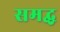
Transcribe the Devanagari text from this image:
समद्ध